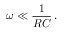
\omega \ll { \frac { 1 } { R C } } \, .